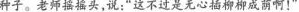
种子。老师摇摇头，说：”这不过是无心插柳柳成荫啊！”